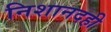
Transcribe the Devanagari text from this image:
निशानदही